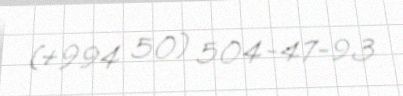
(+994 50) 504-47-93